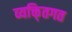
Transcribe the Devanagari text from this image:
व्यक्ति्तगत